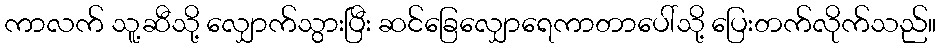
ကာလက် သူ့ဆီသို့ လျှောက်သွားပြီး ဆင်ခြေလျှောရေကာတာပေါ်သို့ ပြေးတက်လိုက်သည်။